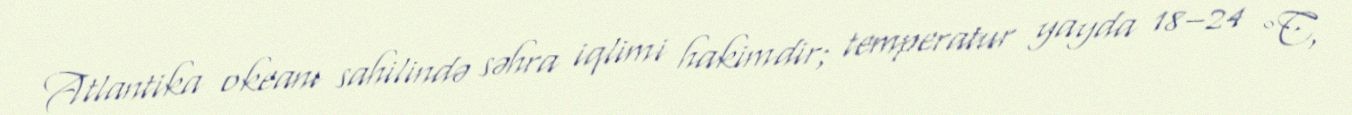
Atlantika okeanı sahilində səhra iqlimi hakimdir; temperatur yayda 18–24 °C,